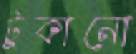
টুকানো